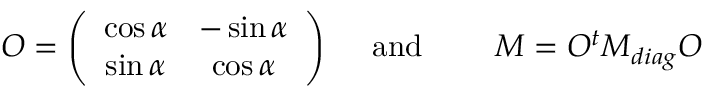
O = \left( \begin{array} { c c } { { \cos \alpha } } & { { - \sin \alpha } } \\ { { \sin \alpha } } & { { \cos \alpha } } \end{array} \right) \mathrm { \quad ~ a n d \qquad ~ } M = O ^ { t } M _ { d i a g } O